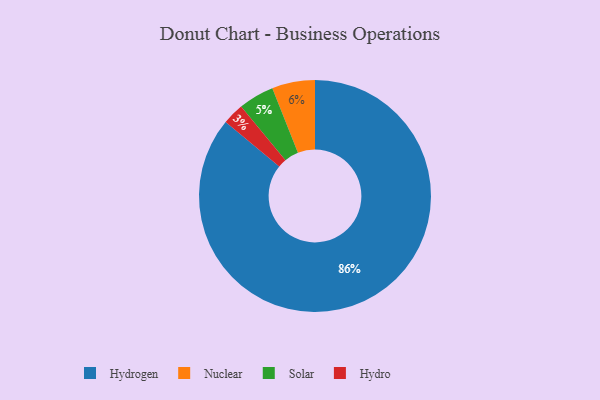
{"axis": {"x": "Category", "y": "Percentage"}, "legend": ["Hydro", "Hydrogen", "Nuclear", "Solar"], "data": [{"x": "Solar", "y": 5, "type": "Solar"}, {"x": "Hydro", "y": 3, "type": "Hydro"}, {"x": "Nuclear", "y": 6, "type": "Nuclear"}, {"x": "Hydrogen", "y": 86, "type": "Hydrogen"}]}